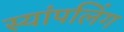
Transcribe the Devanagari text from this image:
स्यांपलिंग